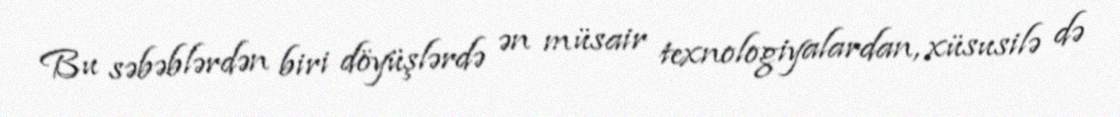
Bu səbəblərdən biri döyüşlərdə ən müsair texnologiyalardan, xüsusilə də